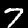
Digit: 7